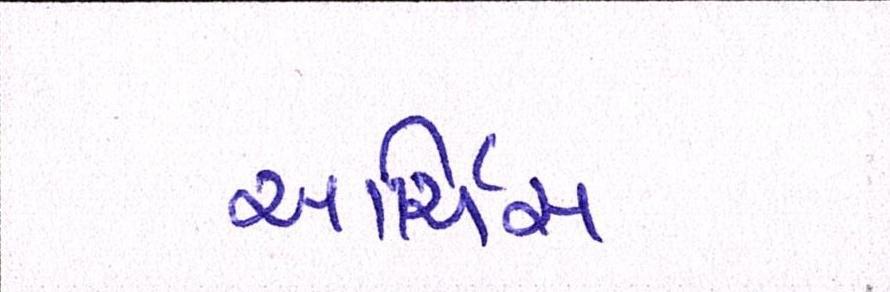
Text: આર્ચિસ